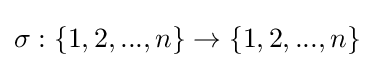
\sigma :\{1,2,...,n\}\rightarrow \{1,2,...,n\}